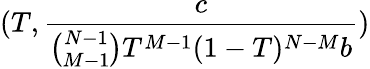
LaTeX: (T,\frac{c}{\binom{N-1}{M-1}T^{M-1}(1-T)^{N-M}b})